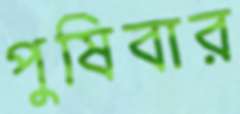
পুষিবার